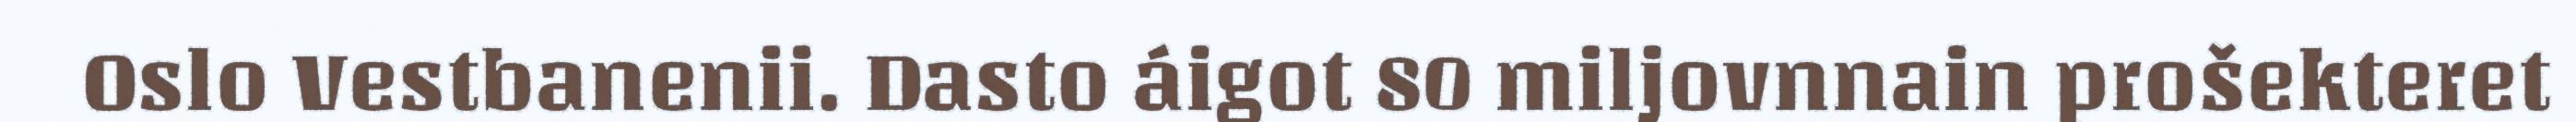
Oslo Vestbanenii. Dasto áigot 80 miljovnnain prošekteret